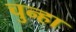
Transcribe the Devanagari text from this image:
चुन्हा